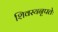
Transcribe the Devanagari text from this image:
शिवस्यनृपतेः